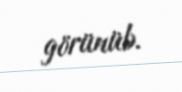
görünüb.